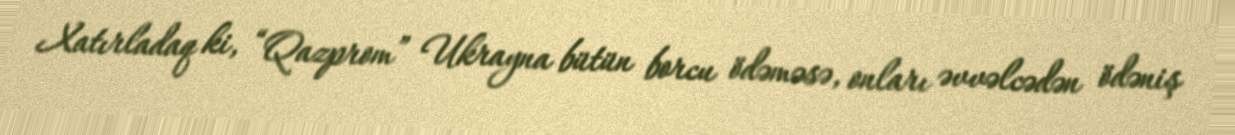
Xatırladaq ki, “Qazprom” Ukrayna bütün borcu ödəməsə, onları əvvəlcədən ödəniş